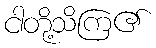
ငါတို့သိကြ၏